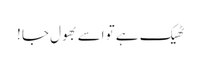
ٹھیک ہے تو اسے بھول جا !